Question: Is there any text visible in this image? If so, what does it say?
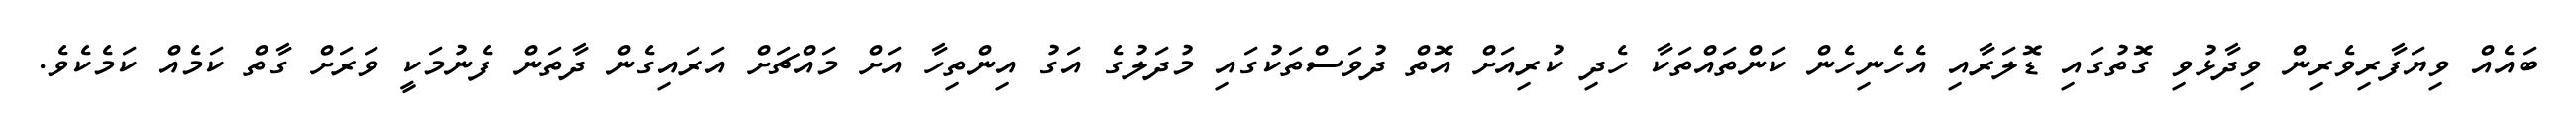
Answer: ބައެއް ވިޔަފާރިވެރިން ވިދާޅުވި ގޮތުގައި ޑޮލަރާއި އެހެނިހެން ކަންތައްތަކާ ހެދި ކުރިއަށް އޮތް ދުވަސްތަކުގައި މުދަލުގެ އަގު އިންތިހާ އަށް މައްޗަށް އަރައިގެން ދާތަން ފެނުމަކީ ވަރަށް ގާތް ކަމެއް ކަމެކެވެ.